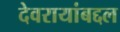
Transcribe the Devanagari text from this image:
देवरायांबद्दल